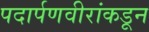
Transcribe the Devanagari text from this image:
पदार्पणवीरांकडून